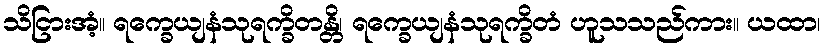
သိငြားအံ့။ ရက္ခေယျနံသုရက္ခိတန္တိ၊ ရက္ခေယျနံသုရက္ခိတံ ဟူသသည်ကား။ ယထာ၊